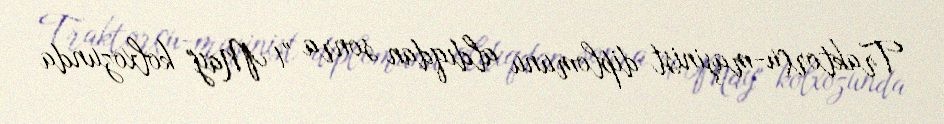
Traktorçu-maşinist diplomunu aldıqdan sonra "1 May" kolxozunda